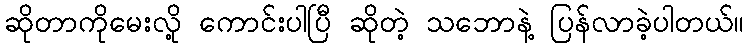
ဆိုတာကိုမေးလို့ ကောင်းပါပြီ ဆိုတဲ့ သဘောနဲ့ ပြန်လာခဲ့ပါတယ်။